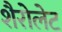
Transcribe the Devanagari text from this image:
शैरोलेट